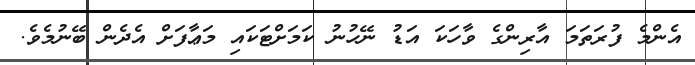
އެންމެ ފުރަތަމަ އާރިންގެ ވާހަކަ އަޑު ނޭހުނު ކަމަށްޓަކައި މަޢާފަށް އެދެން ބޭނުމެވެ.